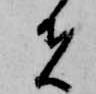
者